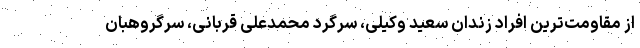
از مقاومت‌ترین افراد زندان سعید وکیلی، سرگرد محمدعلی قربانی، سرگروهبان